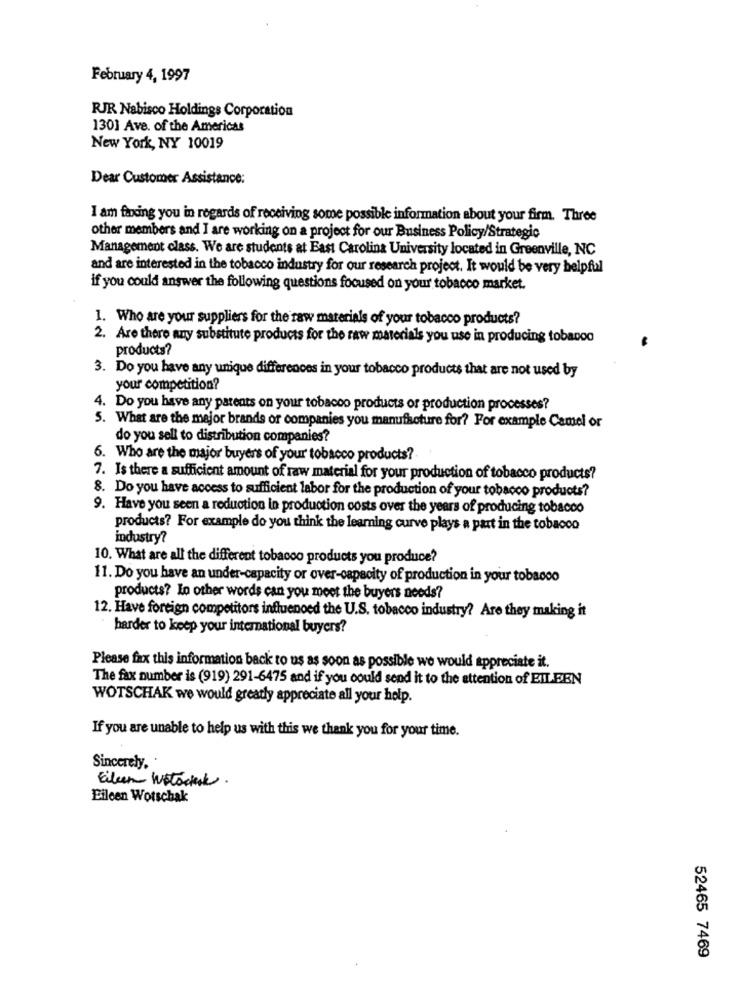
February 4, 1997
RJR Nabisco Holdings Corporation
1301 Ave. of the Americas
New York, NY 10019
Dear Customer Assistance:
I am faxing you in regards of receiving some possible information about your firm. Three
other members and I are working on a project for our Business Policy/Strategic
Management class. We are students at East Carolina University located in Greenville, NC
and are interested in the tobacco industry for our research project. It would be very helpful
if you could answer the following questions focused on your tobacco market.
1. Who are your suppliers for the raw materials of your tobacco products?
2. Are there any substitute products for the raw materials you use in producing tobacco
products?
3. Do you have any unique differences in your tobacco products that are not used by
your competition?
4. Do you have any patents on your tobacco products or production processes?
5. What are the major brands or companies you manufacture for? For example Camel or
do you sell to distribution companies?
6. Who are the major buyers of your tobacco products?
7. Is there a sufficient amount of raw material for your production of tobacco products?
8. Do you have access to sufficient labor for the production of your tobacco products?
9. Have you seen a reduction in production costs over the years of producing tobacco
products? For example do you think the learning curve plays a part in the tobacco
industry?
10. What are all the different tobacco products you produce?
11. Do you have an under-capacity or over-capacity of production in your tobacco
products? In other words can you meet the buyers needs?
12. Have foreign competitors influenced the U.S. tobacco industry? Are they making it
harder to keep your international buyers?
Please fax this information back to us as soon as possible we would appreciate it.
The fax number is (919) 291-6475 and if you could send it to the attention of EILEEN
WOTSCHAK we would greatly appreciate all your help.
If you are unable to help us with this we thank you for your time.
Sincerely. .
Eiben Wotocheck.
Eileen Wotschak
52465 7469